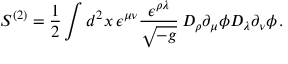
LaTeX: S ^ { ( 2 ) } = \frac { 1 } { 2 } \int d ^ { 2 } x \, \epsilon ^ { \mu \nu } \frac { \epsilon ^ { \rho \lambda } } { \sqrt { - g } } \, D _ { \rho } \partial _ { \mu } \phi D _ { \lambda } \partial _ { \nu } \phi \, .